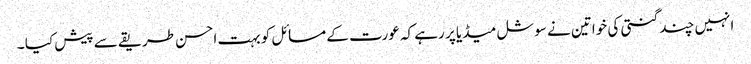
انہیں چند گنتی کی خواتین نے سوشل میڈیا پر رہے کہ عورت کے مسائل کو بہت احسن طریقے سے پیش کیا ۔